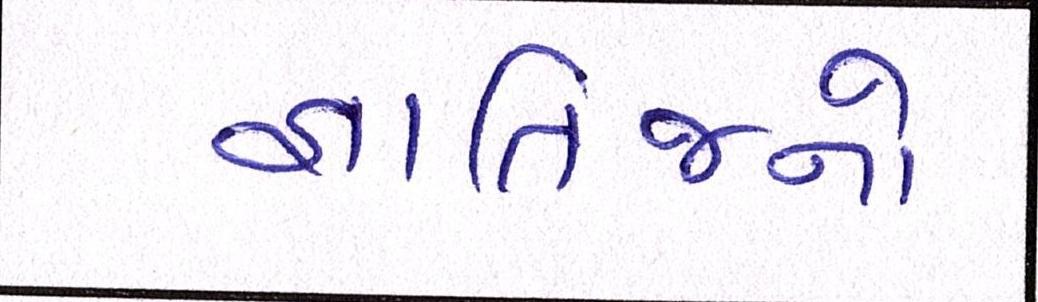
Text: જ્ઞાતિજનો